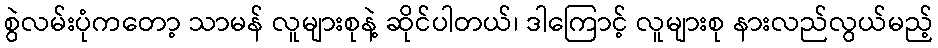
စွဲလမ်းပုံကတော့ သာမန် လူများစုနဲ့ ဆိုင်ပါတယ်၊ ဒါကြောင့် လူများစု နားလည်လွယ်မည့်